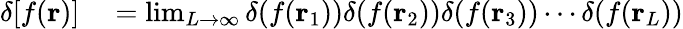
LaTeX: \begin{array}{rl}{\delta[f(\mathbf{r})]}&{{}=\operatorname*{lim}_{L\rightarrow\infty}\delta(f(\mathbf{r}_{1}))\delta(f(\mathbf{r}_{2}))\delta(f(\mathbf{r}_{3}))\cdots\delta(f(\mathbf{r}_{L}))}\end{array}